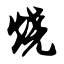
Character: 烧